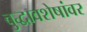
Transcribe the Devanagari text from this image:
बुद्धावशेषांवर